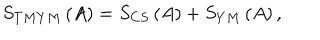
LaTeX: S _ { T M Y M } \left( A \right) = S _ { C S } \left( A \right) + S _ { Y M } \left( A \right) ,